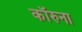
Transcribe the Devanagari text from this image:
कॉरुना